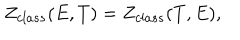
Z _ { c l a s s } ( E , T ) = Z _ { c l a s s } ( T , E ) ,